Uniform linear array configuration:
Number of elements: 4
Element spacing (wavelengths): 0.25
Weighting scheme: blackman
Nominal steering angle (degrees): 0
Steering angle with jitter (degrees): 1.459
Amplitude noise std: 0.05
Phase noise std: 0.05

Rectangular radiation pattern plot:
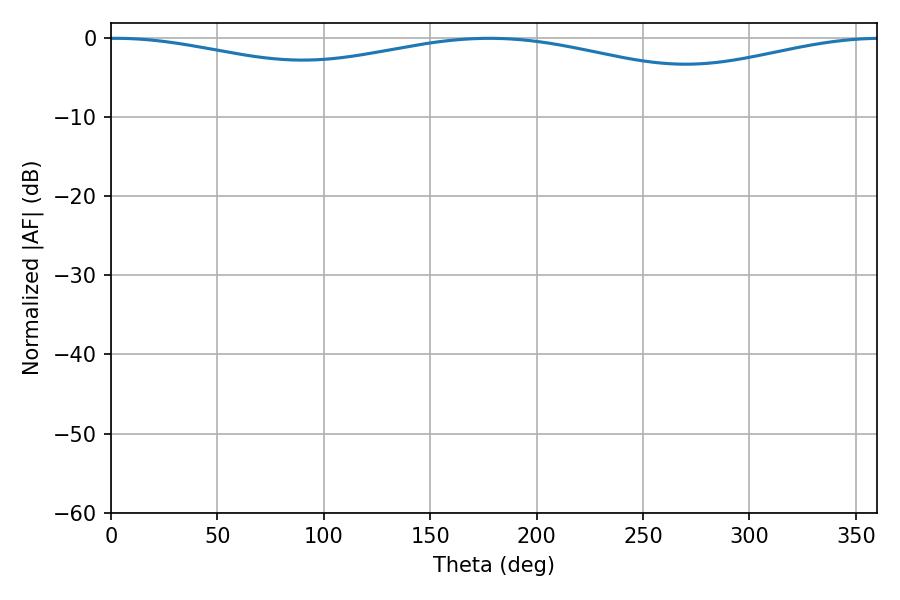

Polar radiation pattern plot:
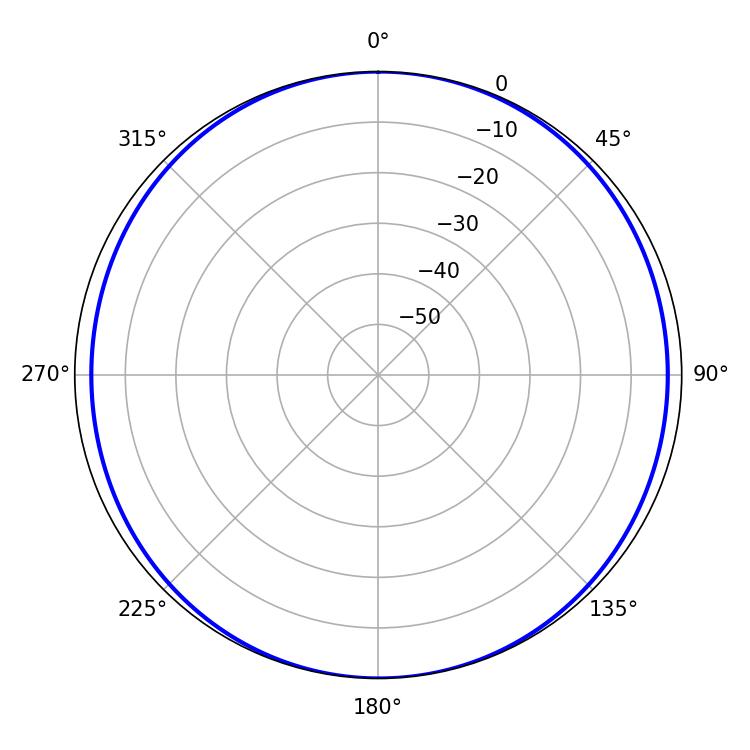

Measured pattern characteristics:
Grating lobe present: FALSE
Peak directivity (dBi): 12.748
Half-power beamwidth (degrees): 254.16
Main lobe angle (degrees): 2.16